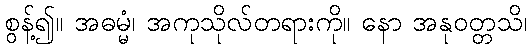
စွန့်၍။ အဓမ္မံ၊ အကုသိုလ်တရားကို။ နော အနုဝတ္တသိ၊